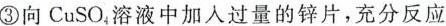
③向CuSO_{4}。溶液中加入过量的锌片，充分反应